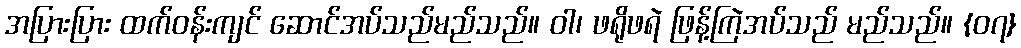
အပြားပြား ထက်ဝန်းကျင် ဆောင်အပ်သည်မည်သည်။ ဝါ၊ ဖရိုဖရဲ ဖြန့်ကြဲအပ်သည် မည်သည်။ {၀၇}